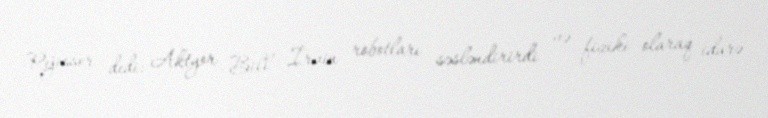
Rejissor dedi: Aktyor Bill İrvin robotları səsləndirirdi və fiziki olaraq idarə